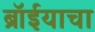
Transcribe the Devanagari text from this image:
ब्रॉईयाचा